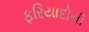
ફરિયાદોની